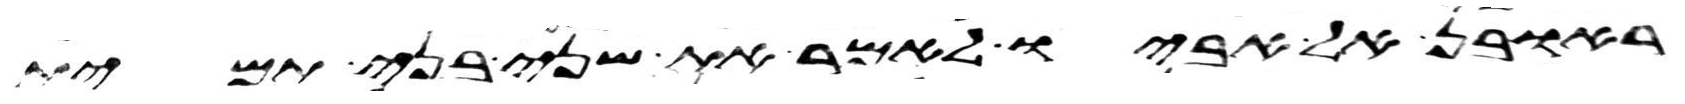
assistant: ראובן אל אביו לאמר את שני בני תמית